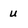
Character: u